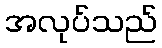
အလုပ်သည်